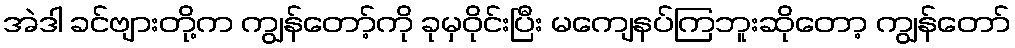
အဲဒါ ခင်ဗျားတို့က ကျွန်တော့်ကို ခုမှဝိုင်းပြီး မကျေနပ်ကြဘူးဆိုတော့ ကျွန်တော်